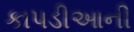
કાપડીઆની